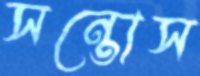
সন্তোস